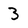
Character: 3